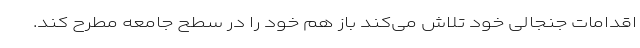
اقدامات جنجالی خود تلاش می‌کند باز هم خود را در سطح جامعه مطرح کند.